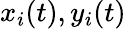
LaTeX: x_{i}(t),y_{i}(t)